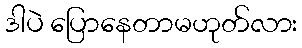
ဒါပဲ ပြောနေတာမဟုတ်လား